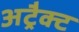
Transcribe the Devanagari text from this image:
अट्रैक्ट